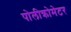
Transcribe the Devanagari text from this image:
पोलीक्रोमेटर